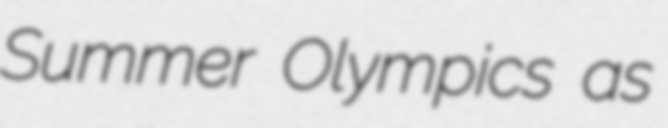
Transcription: Summer Olympics as